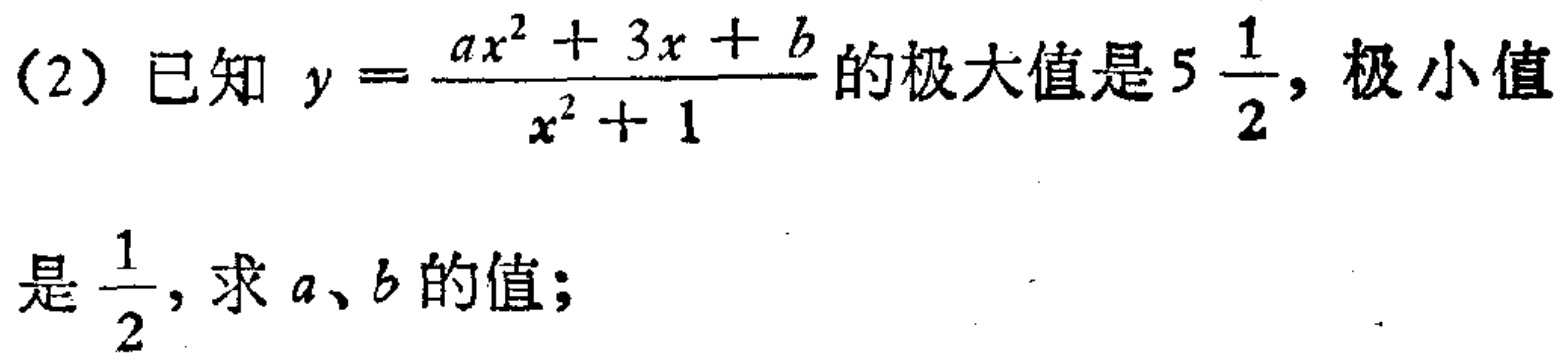
(2) 已知 \(y = \frac{ax^{2}+3x + b}{x^{2}+1}\) 的极大值是 \(5\frac{1}{2}\)，极小值是 \(\frac{1}{2}\)，求 \(a、b\) 的值；